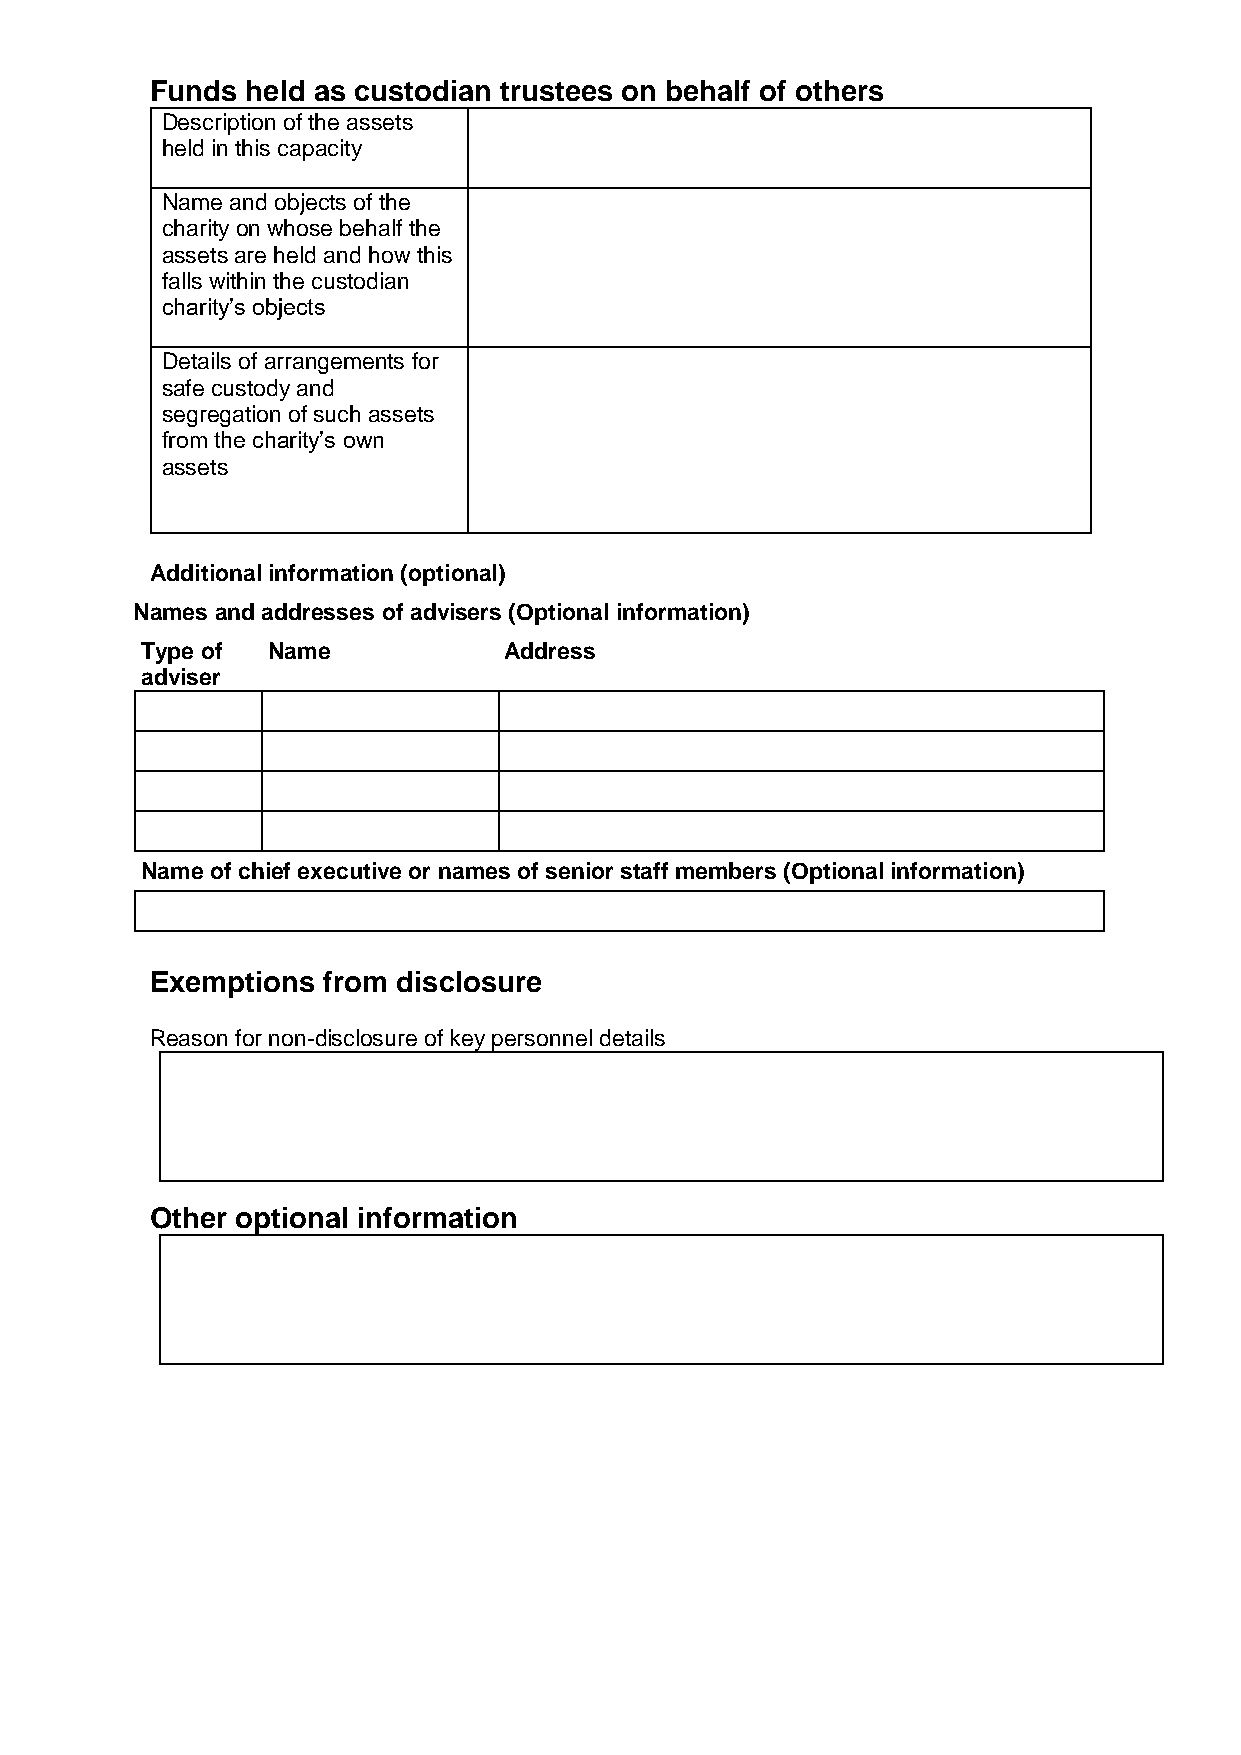
Funds held as custodian trustees on behalf of others
 Description of the assets
 held in this capacity
 Name and objects of the
 charity on whose behalf the
 assets are held and how this
 falls within the custodian
 charity’s objects
 Details of arrangements for
 safe custody and
 segregation of such assets
 from the charity’s own
 assets
 Additional information (optional)
 Names and addresses of advisers (Optional information)
 Type of  Name           Address
 adviser
 Name of chief executive or names of senior staff members (Optional information)
 Exemptions from disclosure
 Reason for non-disclosure of key personnel details
 Other optional information